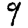
Digit: 9